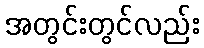
အတွင်းတွင်လည်း